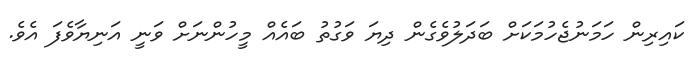
ކައިރިން ހަމަނުޖެހުމަކަށް ބަދަލުވެގެން ދިޔަ ވަގުތު ބައެއް މީހުންނަށް ވަނީ އަނިޔާވެފަ އެވެ.